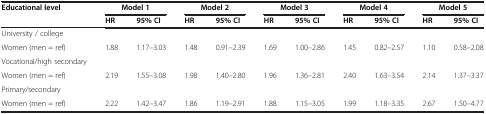
<table><thead><tr><td><b>Educational level</b></td><td colspan="2"><b>Model 1</b></td><td colspan="2"><b>Model 2</b></td><td colspan="2"><b>Model 3</b></td><td colspan="2"><b>Model 4</b></td><td colspan="2"><b>Model 5</b></td></tr><tr><td><b> </b></td><td><b>HR</b></td><td><b>95% CI</b></td><td><b>HR</b></td><td><b>95% CI</b></td><td><b>HR</b></td><td><b>95% CI</b></td><td><b>HR</b></td><td><b>95% CI</b></td><td><b>HR</b></td><td><b>95% CI</b></td></tr></thead><tbody><tr><td>University / college</td><td> </td><td> </td><td> </td><td> </td><td> </td><td> </td><td> </td><td> </td><td> </td><td> </td></tr><tr><td>Women (men = ref)</td><td>1.88</td><td>1.17–3.03</td><td>1.48</td><td>0.91–2.39</td><td>1.69</td><td>1.00–2.86</td><td>1.45</td><td>0.82–2.57</td><td>1.10</td><td>0.58–2.08</td></tr><tr><td>Vocational/high secondary</td><td> </td><td> </td><td> </td><td> </td><td> </td><td> </td><td> </td><td> </td><td> </td><td> </td></tr><tr><td>Women (men = ref)</td><td>2.19</td><td>1.55–3.08</td><td>1.98</td><td>1.40–2.80</td><td>1.96</td><td>1.36–2.81</td><td>2.40</td><td>1.63–3.54</td><td>2.14</td><td>1.37–3.37</td></tr><tr><td>Primary/secondary</td><td> </td><td> </td><td> </td><td> </td><td> </td><td> </td><td> </td><td> </td><td> </td><td> </td></tr><tr><td>Women (men = ref)</td><td>2.22</td><td>1.42–3.47</td><td>1.86</td><td>1.19–2.91</td><td>1.88</td><td>1.15–3.05</td><td>1.99</td><td>1.18–3.35</td><td>2.67</td><td>1.50–4.77</td></tr></tbody></table>